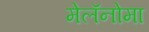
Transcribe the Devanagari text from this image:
मेलॅनोमा